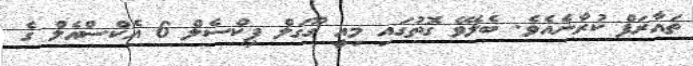
ތައާރަފް ކުރާނެއެވެ. ބެލެވޭ ގޮތުގައި މިއީ ގޫގަލް ޕިކްސެލް 6 އެކްސްއެލް ގެ